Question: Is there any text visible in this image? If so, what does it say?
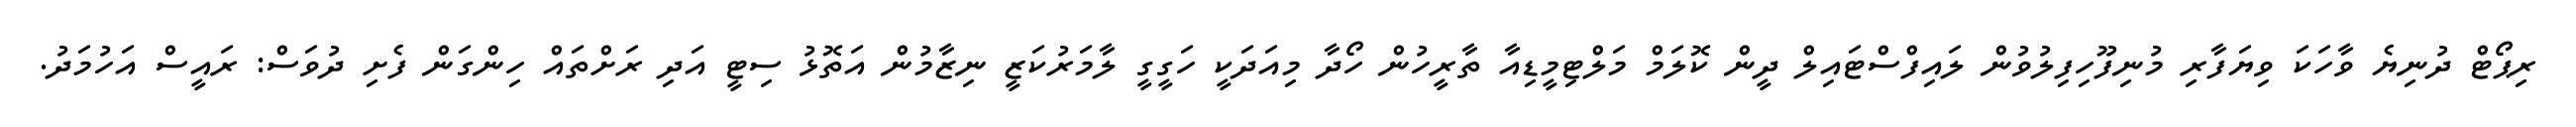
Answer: ރިޕޯޓް ދުނިޔެ ވާހަކަ ވިޔަފާރި މުނިފޫހިފިލުވުން ލައިފްސްޓައިލް ދީން ކޮލަމް މަލްޓިމީޑިއާ ތާރީހުން ހޯދާ މިއަދަކީ ހަގީގީ ލާމަރުކަޒީ ނިޒާމުން އަތޮޅު ސިޓީ އަދި ރަށްތައް ހިންގަން ފެށި ދުވަސް: ރައީސް އަހުމަދު.